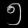
Digit: ၅